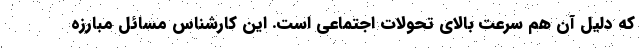
که دلیل آن هم سرعت بالای تحولات اجتماعی است. این کارشناس مسائل مبارزه